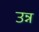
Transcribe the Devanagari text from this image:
उन्न